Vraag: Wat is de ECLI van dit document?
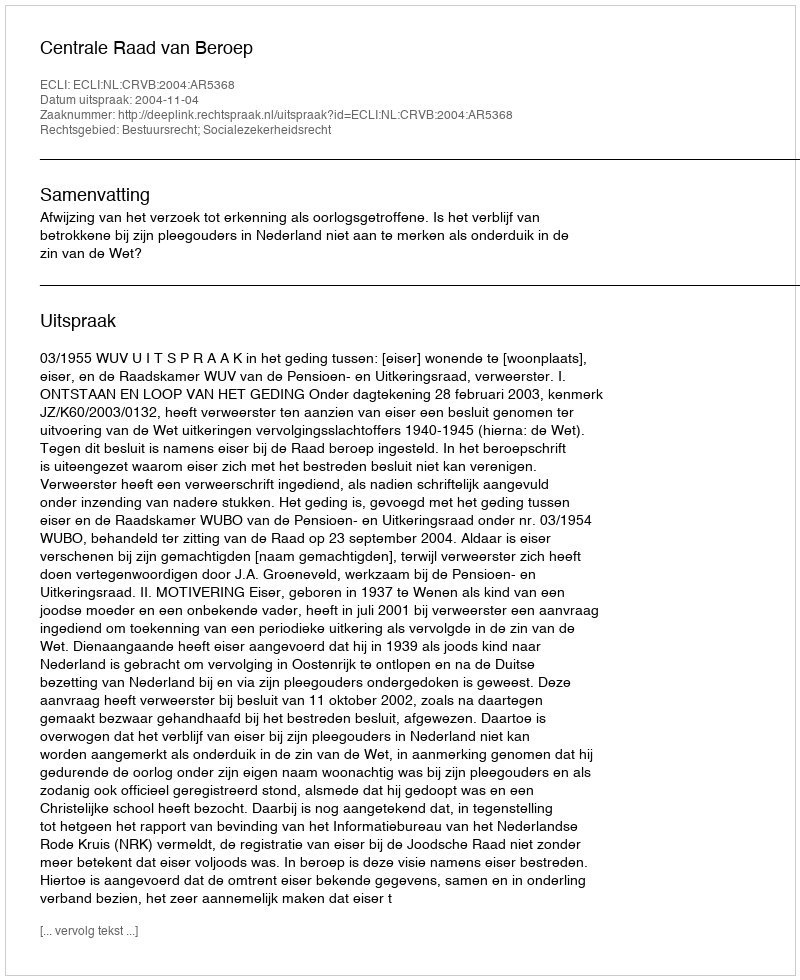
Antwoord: ECLI:NL:CRVB:2004:AR5368